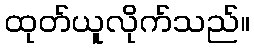
ထုတ်ယူလိုက်သည်။